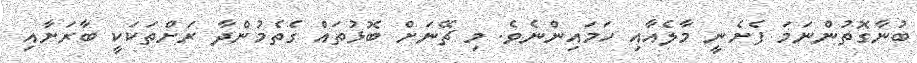
ބުނާގޮތުންނަމަ ފެށެނީ މާލެއާއި ހަމައިންނެވެ. މި ޗޭނަށް ބޮޅުތައް ގެތެމުންދާ ރަށްތަކަކީ ބާރަށާއި